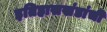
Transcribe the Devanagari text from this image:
इतिहासखंडांची